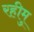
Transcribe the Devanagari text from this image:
रहीमु